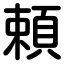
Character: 頼